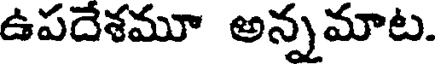
ఉపదేశమూ అన్నమాట.